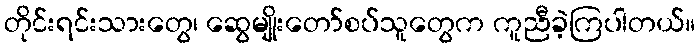
တိုင်းရင်းသားတွေ၊ ဆွေမျိုးတော်စပ်သူတွေက ကူညီခဲ့ကြပါတယ်။